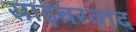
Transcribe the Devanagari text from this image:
साइबरवाद